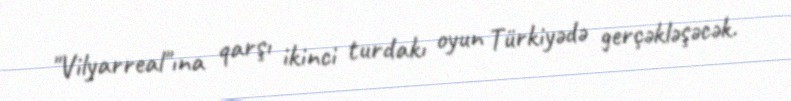
"Vilyarreal"ına qarşı ikinci turdakı oyun Türkiyədə gerçəkləşəcək.